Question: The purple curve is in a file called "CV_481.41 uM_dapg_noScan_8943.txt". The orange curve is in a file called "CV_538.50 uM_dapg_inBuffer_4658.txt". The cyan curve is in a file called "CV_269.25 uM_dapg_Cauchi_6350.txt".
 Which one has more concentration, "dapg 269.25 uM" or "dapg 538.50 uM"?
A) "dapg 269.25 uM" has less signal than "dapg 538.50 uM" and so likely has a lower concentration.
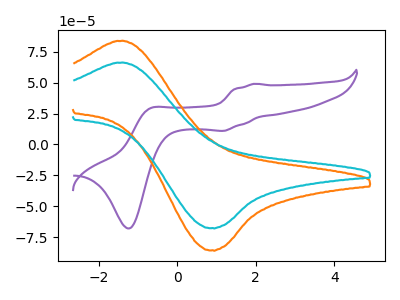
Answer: <think>The purple curve "dapg 481.41 uM" has anodic peaks at (1.95V, 49.15uA) (-0.70V, 29.30uA) and cathodic peaks at (1.20V, 11.05uA) (-1.20V, -68.05uA). The orange curve "dapg 538.50 uM" has an anodic peak at (-1.50V, 83.90uA) and a cathodic peak at (0.90V, -85.65uA). The cyan curve "dapg 269.25 uM" has an anodic peak at (-1.50V, 66.30uA) and a cathodic peak at (0.90V, -67.65uA).
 All the peaks in "dapg 269.25 uM" have a peak in "dapg 538.50 uM" at the same potential. Every peak in "dapg 269.25 uM" is lower than every peak in "dapg 538.50 uM".</think>
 <answer>A) "dapg 269.25 uM" has less signal than "dapg 538.50 uM" and so likely has a lower concentration.</answer>
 <eval>A</eval>